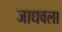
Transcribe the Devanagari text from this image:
जाधवला